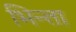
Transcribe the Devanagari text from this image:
भिन्ता